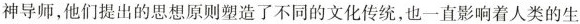
神导师，他们提出的思想原则塑造了不同的文化传统，也一直影响着人类的生